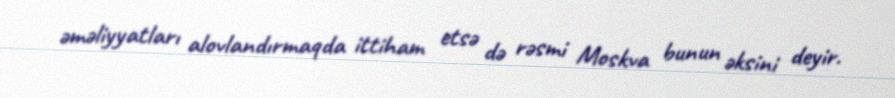
əməliyyatları alovlandırmaqda ittiham etsə də rəsmi Moskva bunun əksini deyir.